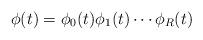
LaTeX: \begin{align*}\phi(t)&=\phi_0(t)\phi_1(t)\cdots \phi_R(t)\end{align*}